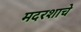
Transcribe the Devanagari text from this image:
मदरशाचे